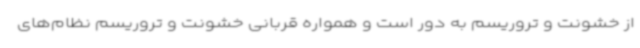
از خشونت و تروریسم به دور است و همواره قربانی خشونت و تروریسم نظام‌های